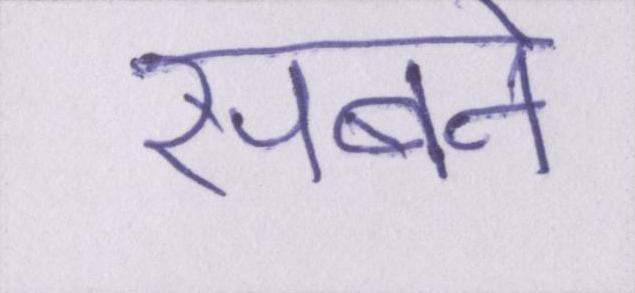
सबने